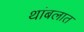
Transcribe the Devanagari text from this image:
थांबलात